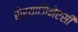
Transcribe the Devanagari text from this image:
बोऱ्याजिनेएसी